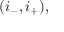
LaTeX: ( i _ { - } , i _ { + } ) ,